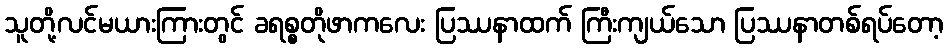
သူတို့လင်မယားကြားတွင် ခရစ္စတိုဖာကလေး ပြဿနာထက် ကြီးကျယ်သော ပြဿနာတစ်ရပ်တော့